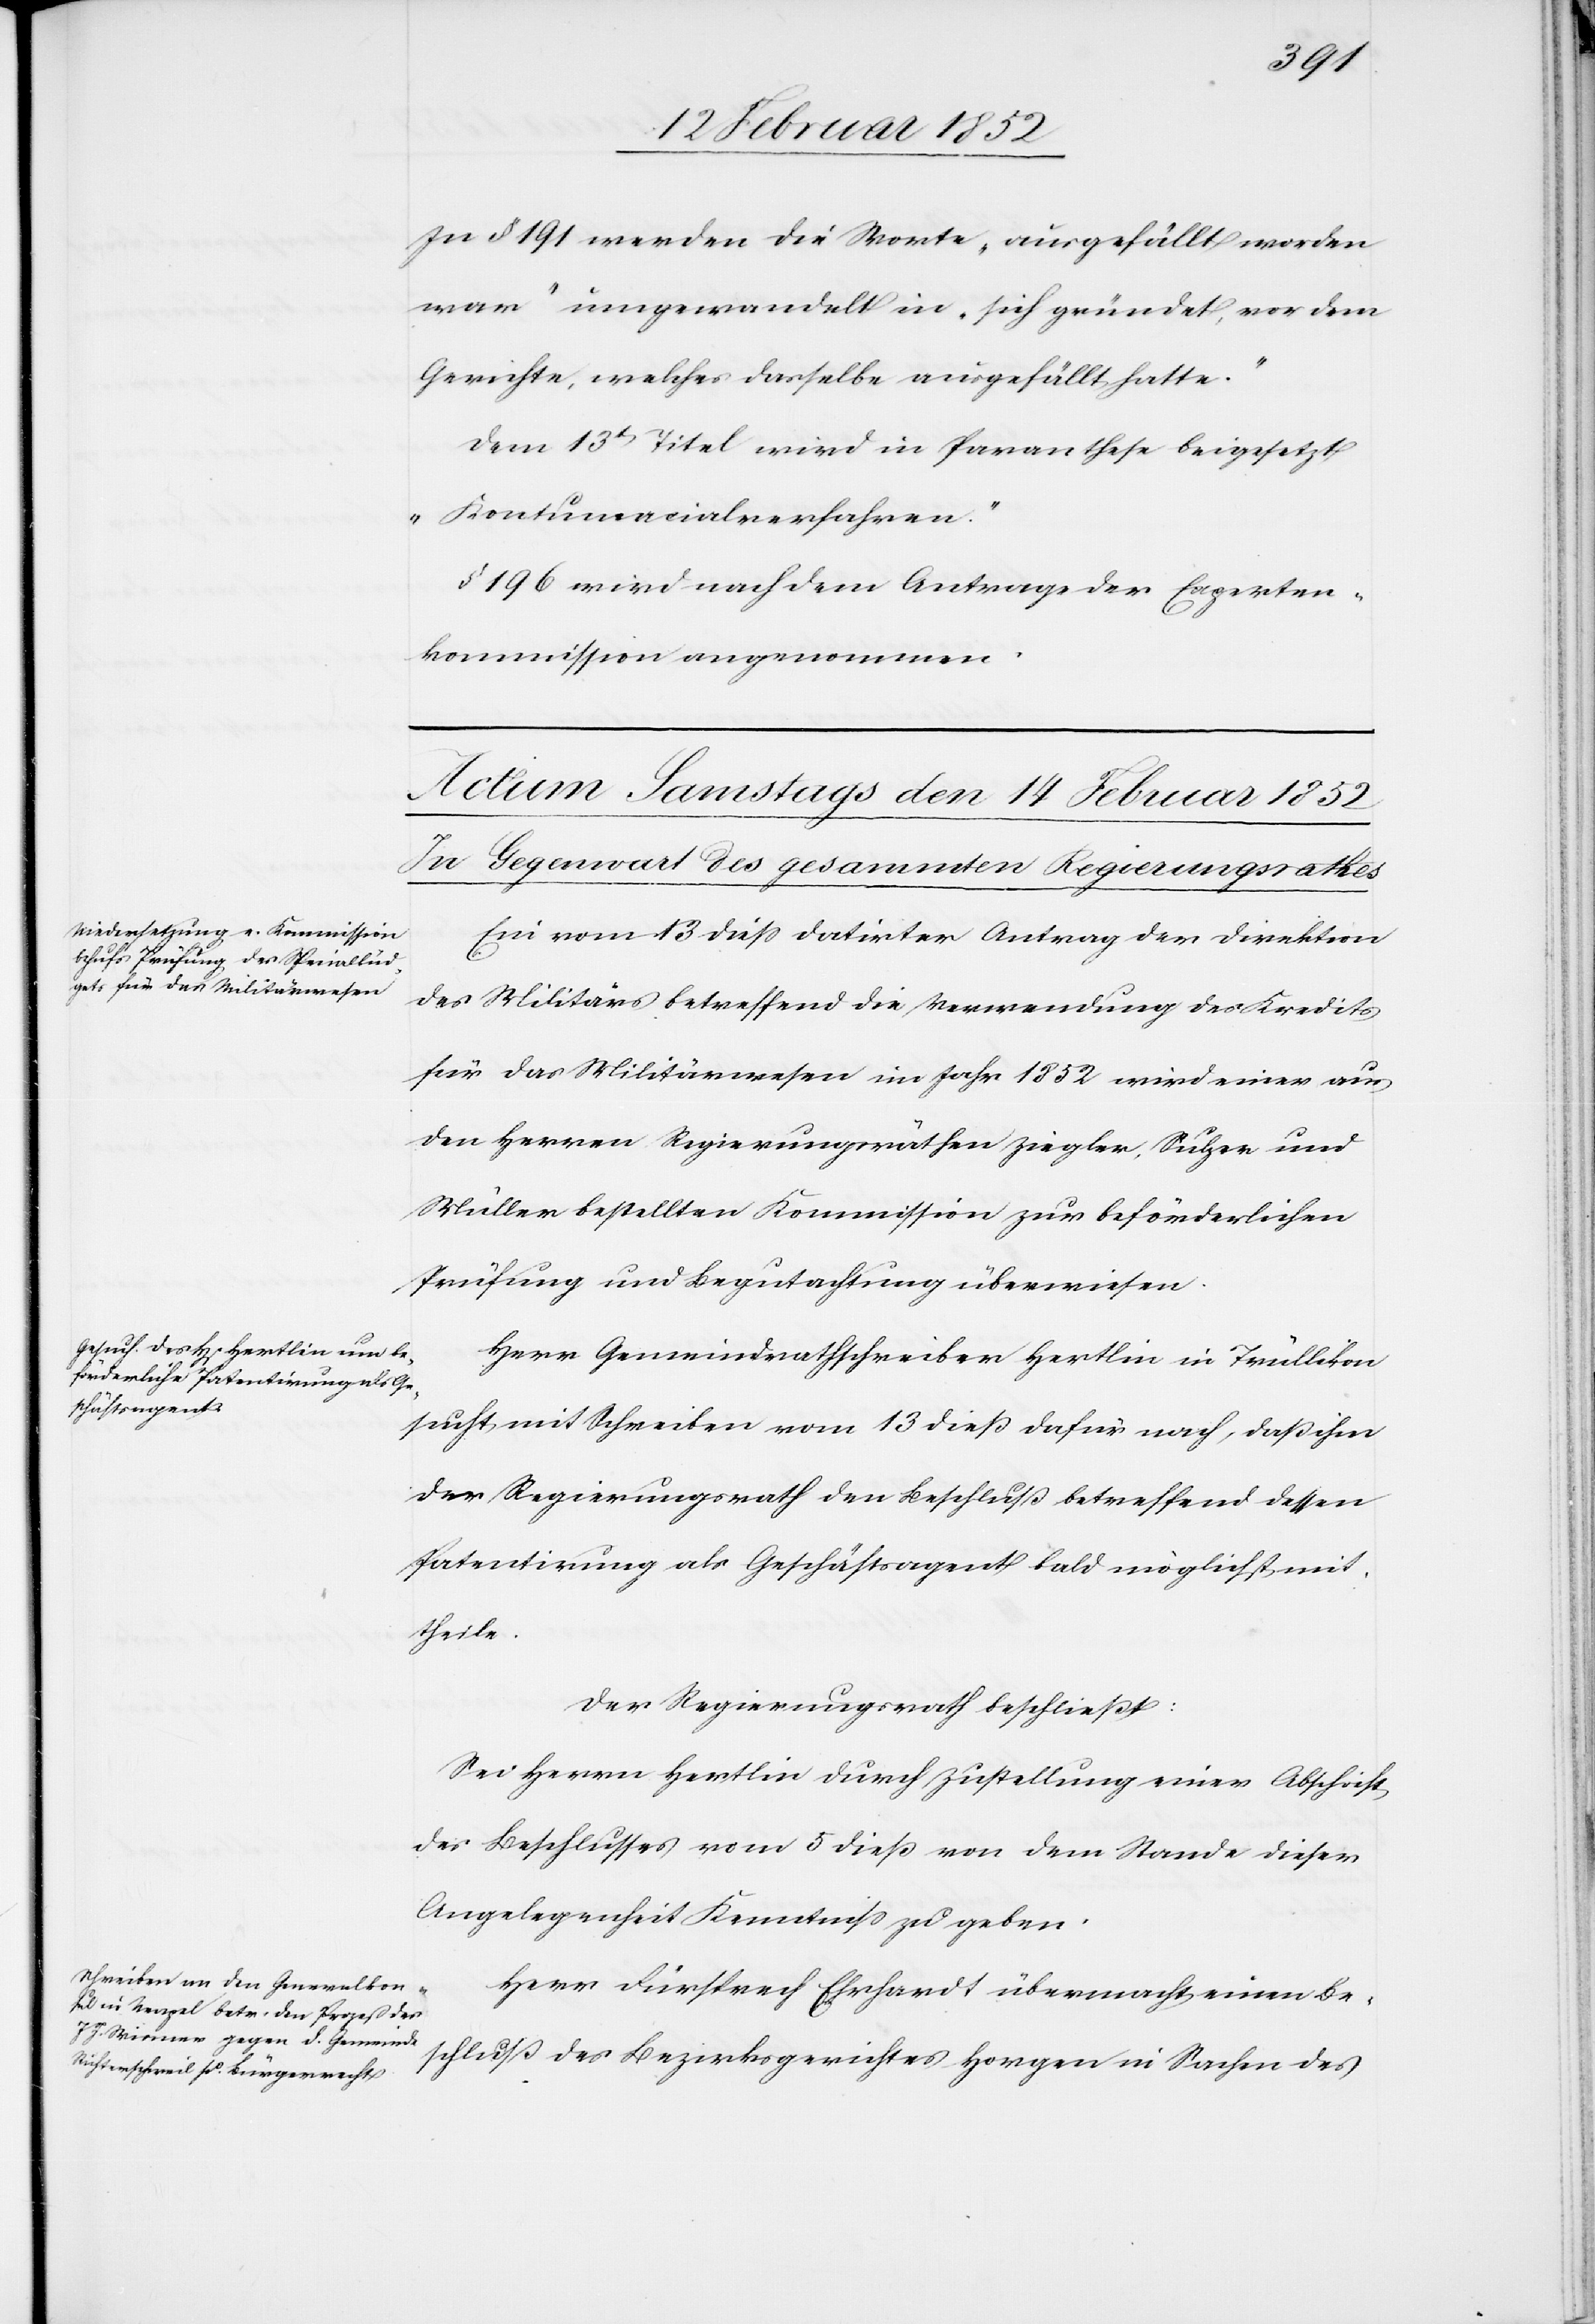
In § 191 werden die Worte „ausgefällt worden
war“ umgewandelt in „sich gründet, vor dem
Gerichte, welches dasselbe ausgefällt hatte.“
„Kontumacialverfahren.“
§ 196 wird nach dem Antrage der Experten¬
kommission angenommen.
Ein vom 13 dieß datirter Antrag der Direktion
des Militärs betreffend die Verwendung des Kredits
für das Militärwesen im Jahr 1852 wird einer aus
den Herren Regierungsräthen Ziegler, Sulzer und
Müller bestellten Kommission zur beförderlichen
Prüfung und Begutachtung überwiesen.
Herr Gemeindrathschreiber Hertlin in Trüllikon
sucht mit Schreiben vom 13 dieß dafür nach, daß ihm
der Regierungsrath den Beschluß betreffend dessen
Patentirung als Geschäftsagent bald möglichst mit¬
heile.
Der Regierungsrath beschließt:
Sei Herrn Hertlin durch Zustellung einer Abschrift
des Beschlußes vom 5 dieß von dem Stande dieser
Angelegenheit Kenntniß zu geben.
Herr Fürsprech Ehrhardt übermacht einen Be¬
schluß des Bezirksgerichtes Horgen in Sachen des